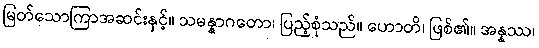
မြတ်သောကြာအဆင်းနှင့်။ သမန္နာဂတော၊ ပြည့်စုံသည်။ ဟောတိ၊ ဖြစ်၏။ အန္နဿ၊